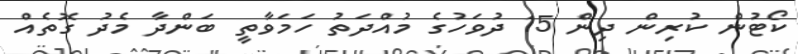
ކޯޓުން ކުރިން ދިން 15 ދުވަހުގެ މުއްދަތު ހަމަވާތީ ބަންދާ މެދު ގޮތެއް